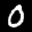
Label: 0